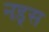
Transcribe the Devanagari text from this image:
नड़्स